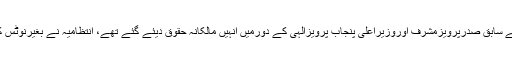
متاثرین کا کہنا ہے سابق صدرپرویزمشرف اوروزیراعلیٰ پنجاب پرویزالہی کے دورمیں انہیں مالکانہ حقوق دیئے گئے تھے، انتظامیہ نے بغیرنوٹس کارروائی کی ہے۔